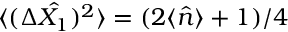
\langle ( \Delta \hat { X _ { 1 } } ) ^ { 2 } \rangle = ( 2 \langle \hat { n } \rangle + 1 ) / 4